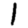
Digit: 1